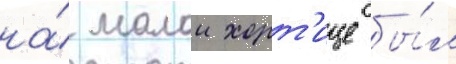
на́ малои хорт'ице бы́л